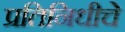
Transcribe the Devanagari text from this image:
प्रतिनिधीचे